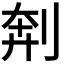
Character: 𫦃